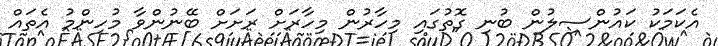
އެކަމަކު ކައުންސިލުން ބުނި ގޮތުގައި މިހާރުން މިހާރަށް ރަށަށް ބޭނުންވާ މުހިންމު އެތައް